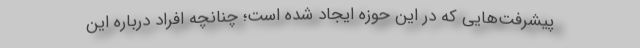
پیشرفت‌هایی که در این حوزه ایجاد شده است؛ چنانچه افراد درباره این